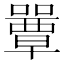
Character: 𡂽